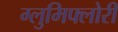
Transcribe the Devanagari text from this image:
ग्लुमिफ्लोरी